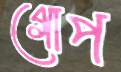
গোপ